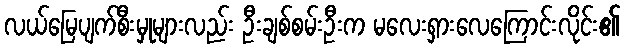
လယ်မြေပျက်စီးမှုများလည်း ဦးချစ်စမ်းဦးက မလေးရှားလေကြောင်းလိုင်း၏